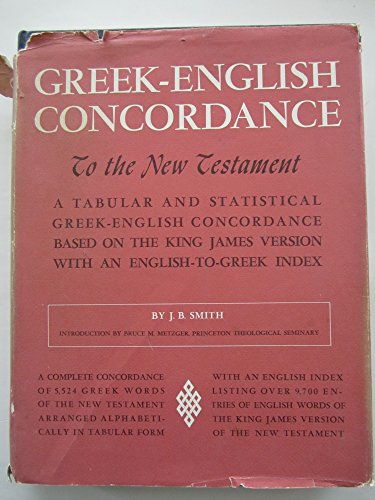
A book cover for Greek-English Concordance to the New Testament, a tabular and statistical Greek-English Concordance based on the King James version with an English-to-Greek index (English and Greek Edition); J. B. Smith; Christian Books & Bibles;